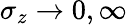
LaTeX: \sigma_{z}\rightarrow 0,\infty